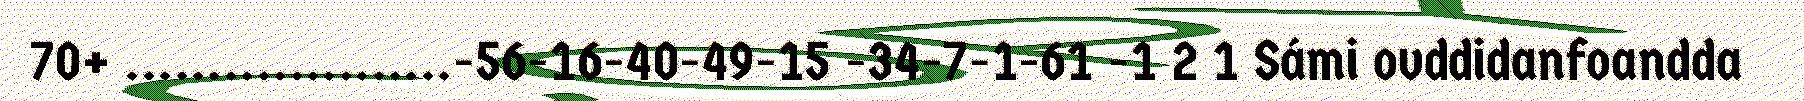
70+ ....................-56-16-40-49-15 -34-7-1-61 -1 2 1 Sámi ovddidanfoandda